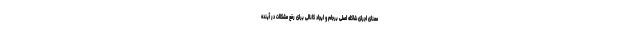
معنای اجرای شاکله اصلی برجام و ایجاد کانالی برای رفع مشکلات در آینده